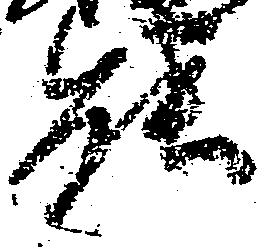
能